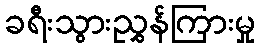
ခရီးသွားညွှန်ကြားမှု